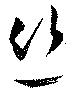
絲